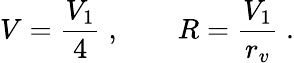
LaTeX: V=\frac{V_{1}}{4}\; ,\qquad R=\frac{V_{1}}{r_{v}}\; .